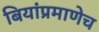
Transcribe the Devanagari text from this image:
बियांप्रमाणेच